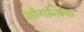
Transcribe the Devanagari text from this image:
सौगन्धिक